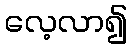
လေ့လာ၍